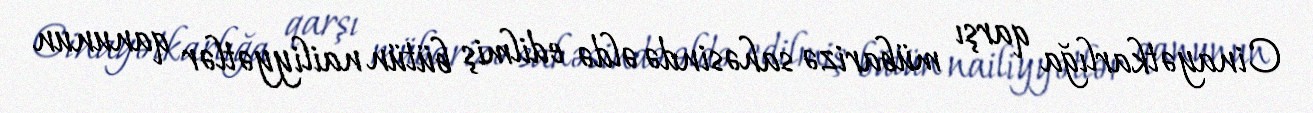
Cinayətkarlığa qarşı mübarizə sahəsində əldə edilmiş bütün nailiyyətlər qanunun